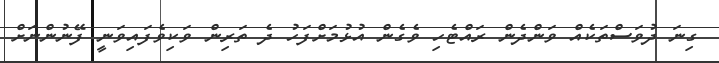
ގިނަ ދުވަސްތަކެއް ވަންދެން ރައްޓެހި ވެގެން އުޅުމަށްފަހު ދެ ތަރިން ވަކިވެފައިވަނީ ފޭނުންނަށް